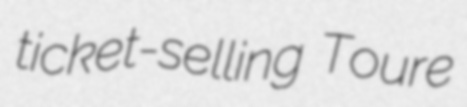
ticket-selling Toure